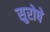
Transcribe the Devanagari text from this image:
सुरोषे